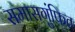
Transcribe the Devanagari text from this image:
समासगुंफित